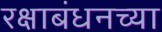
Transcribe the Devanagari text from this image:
रक्षाबंधनच्या